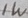
Text: 1W